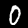
Digit: 0